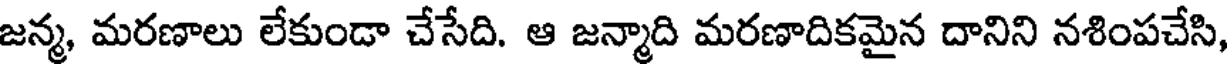
జన్మ, మరణాలు లేకుండా చేసేది. ఆ జన్మాది మరణాదికమైన దానిని నశింపచేసి,